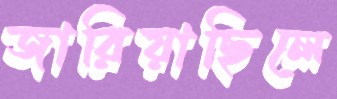
জারিয়াছিলে